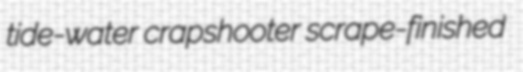
tide-water crapshooter scrape-finished